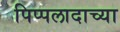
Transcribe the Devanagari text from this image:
पिप्पलादाच्या